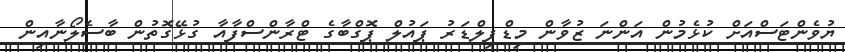
ޔުވެންޓަސްއަށް ކުޅެމުން އަންނަ ޒުވާން މިޑްފިލްޑަރު ޕައުލް ޕޮގްބާގެ ޓްރާންސްފާއާ ގުޅޭގޮތުން ބާސެލޯނާއިން